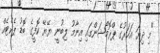
"މި ދިޔަ އަހަރުގެ ޕްރޮމޯޝަންގައި އިނާމު ލިބުނީ ޔޭޔޭ ކޮފީގެ ބޮޑު ޕެކެޓެއް